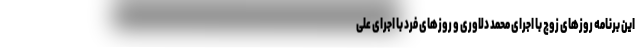
این برنامه روزهای زوج با اجرای محمد دلاوری و روزهای فرد با اجرای علی